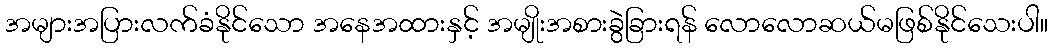
အများအပြားလက်ခံနိုင်သော အနေအထားနှင့် အမျိုးအစားခွဲခြားရန် လောလောဆယ်မဖြစ်နိုင်သေးပါ။